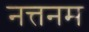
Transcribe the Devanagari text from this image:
नत्तनम